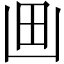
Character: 𰢵